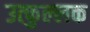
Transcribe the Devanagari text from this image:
उत्‍फुल्‍लक